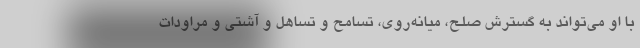
با او می‌تواند به گسترش صلح، میانه‌روی، تسامح و تساهل و آشتی و مراودات